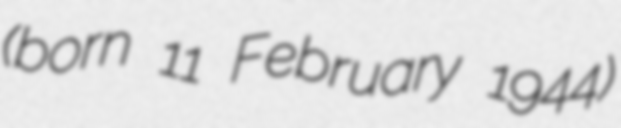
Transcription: (born 11 February 1944)